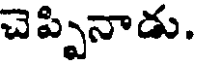
చెప్పినాడు.